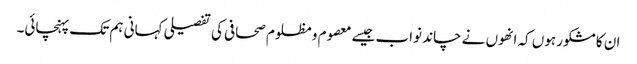
ان کا مشکور ہوں کہ انھوں نے چاند نواب جیسے معصوم و مظلوم صحافی کی تفصیلی کہانی ہم تک پہنچائی۔